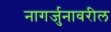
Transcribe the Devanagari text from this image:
नागर्जुनावरील